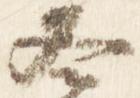
冬